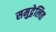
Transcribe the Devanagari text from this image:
समुद्वेलित